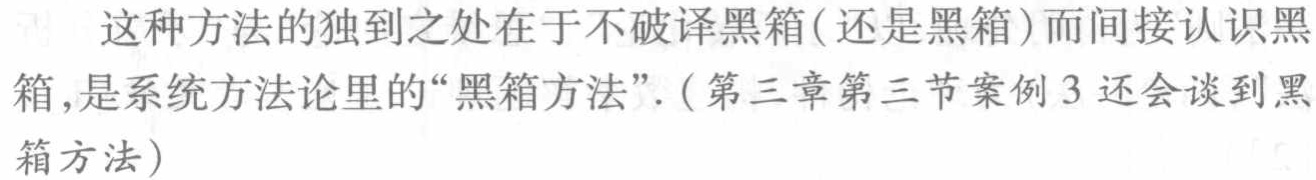
这种方法的独到之处在于不破译黑箱(还是黑箱)而间接认识黑箱,是系统方法论里的“黑箱方法”.(第三章第三节案例3还会谈到黑箱方法)